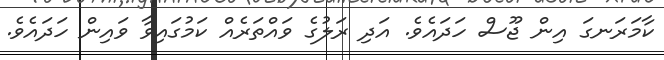
ކާމަރަނގަ އިން ޖޫސް ހަދައެވެ. އަދި ރަލުގެ ވައްތަރެއް ކަމުގައިވާ ވައިން ހަދައެވެ.